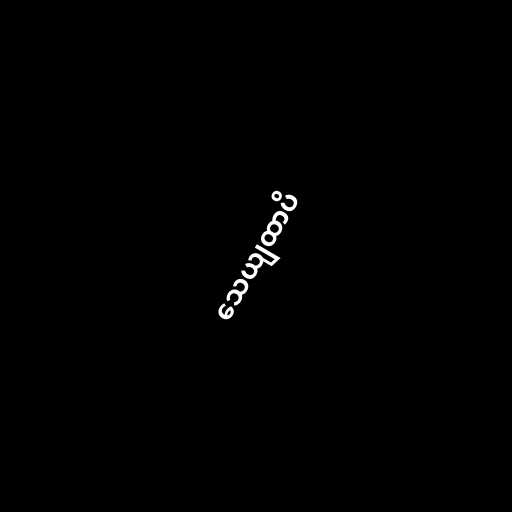
သေယျထာပိ